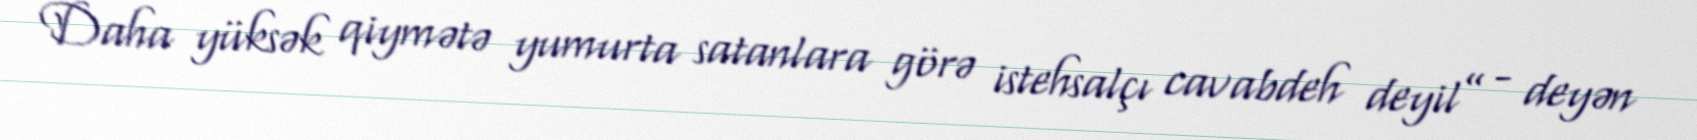
Daha yüksək qiymətə yumurta satanlara görə istehsalçı cavabdeh deyil” - deyən